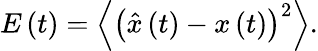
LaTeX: E\left(t\right)=\left\langle\left(\hat{x}\left(t\right)-x\left(t\right)\right)^{2}\right\rangle.